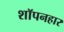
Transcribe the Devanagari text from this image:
शॉपनहार